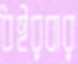
ধইরবার